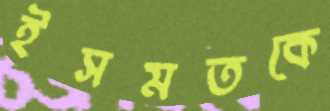
ইসমতকে